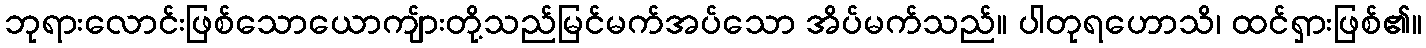
ဘုရားလောင်းဖြစ်သောယောကျ်ားတို့သည်မြင်မက်အပ်သော အိပ်မက်သည်။ ပါတုရဟောသိ၊ ထင်ရှားဖြစ်၏။